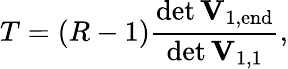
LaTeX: T=(R-1)\frac{\operatorname*{det}\mathbf{\mathbf{V}}_{\mathrm{1,end}}}{\operatorname*{det}\mathbf{\mathbf{V}}_{1,1}},